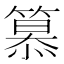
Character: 𥲸